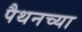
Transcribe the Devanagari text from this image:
पैथनच्या